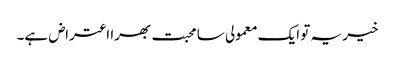
خیر یہ تو ایک معمولی سا محبت بھرا اعتراض ہے۔